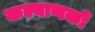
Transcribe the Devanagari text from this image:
कल्याणकों